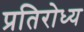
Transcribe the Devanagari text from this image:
प्रतिरोध्य